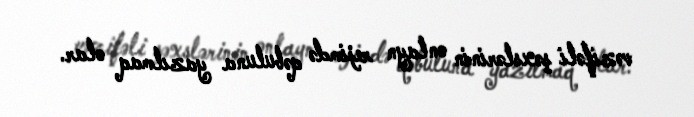
vəzifəli şəxslərinin onlayn rejimdə qəbuluna yazılmaq olar.